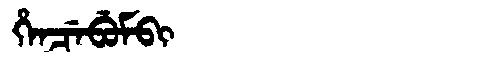
Manchu: ᡥᡝᠨᠴᡝᠪᡠᠮᠪᡳ
Romanization: HENCEBUMBI